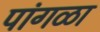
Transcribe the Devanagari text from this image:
पांगळा